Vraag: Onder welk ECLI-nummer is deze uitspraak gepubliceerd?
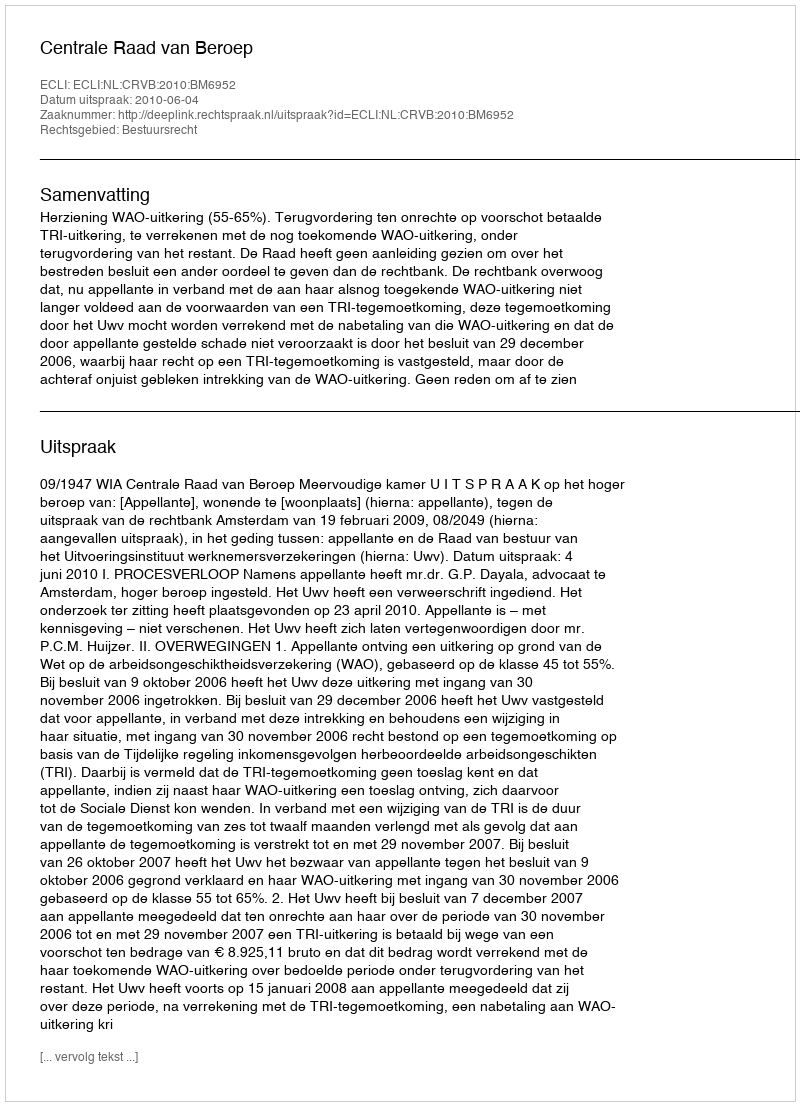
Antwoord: ECLI:NL:CRVB:2010:BM6952